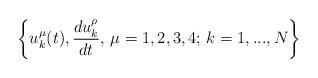
LaTeX: \begin{align*}\left\{u^\mu_k(t),\frac{d u^\rho_k}{dt},\,\mu=1,2,3,4;\, k=1,...,N\right\}\end{align*}